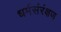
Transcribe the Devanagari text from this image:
धर्मसंरंक्षण